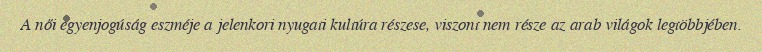
A női egyenjogúság eszméje a jelenkori nyugati kultúra részese, viszont nem része az arab világok legtöbbjében.